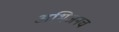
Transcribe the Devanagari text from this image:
अभिजनच